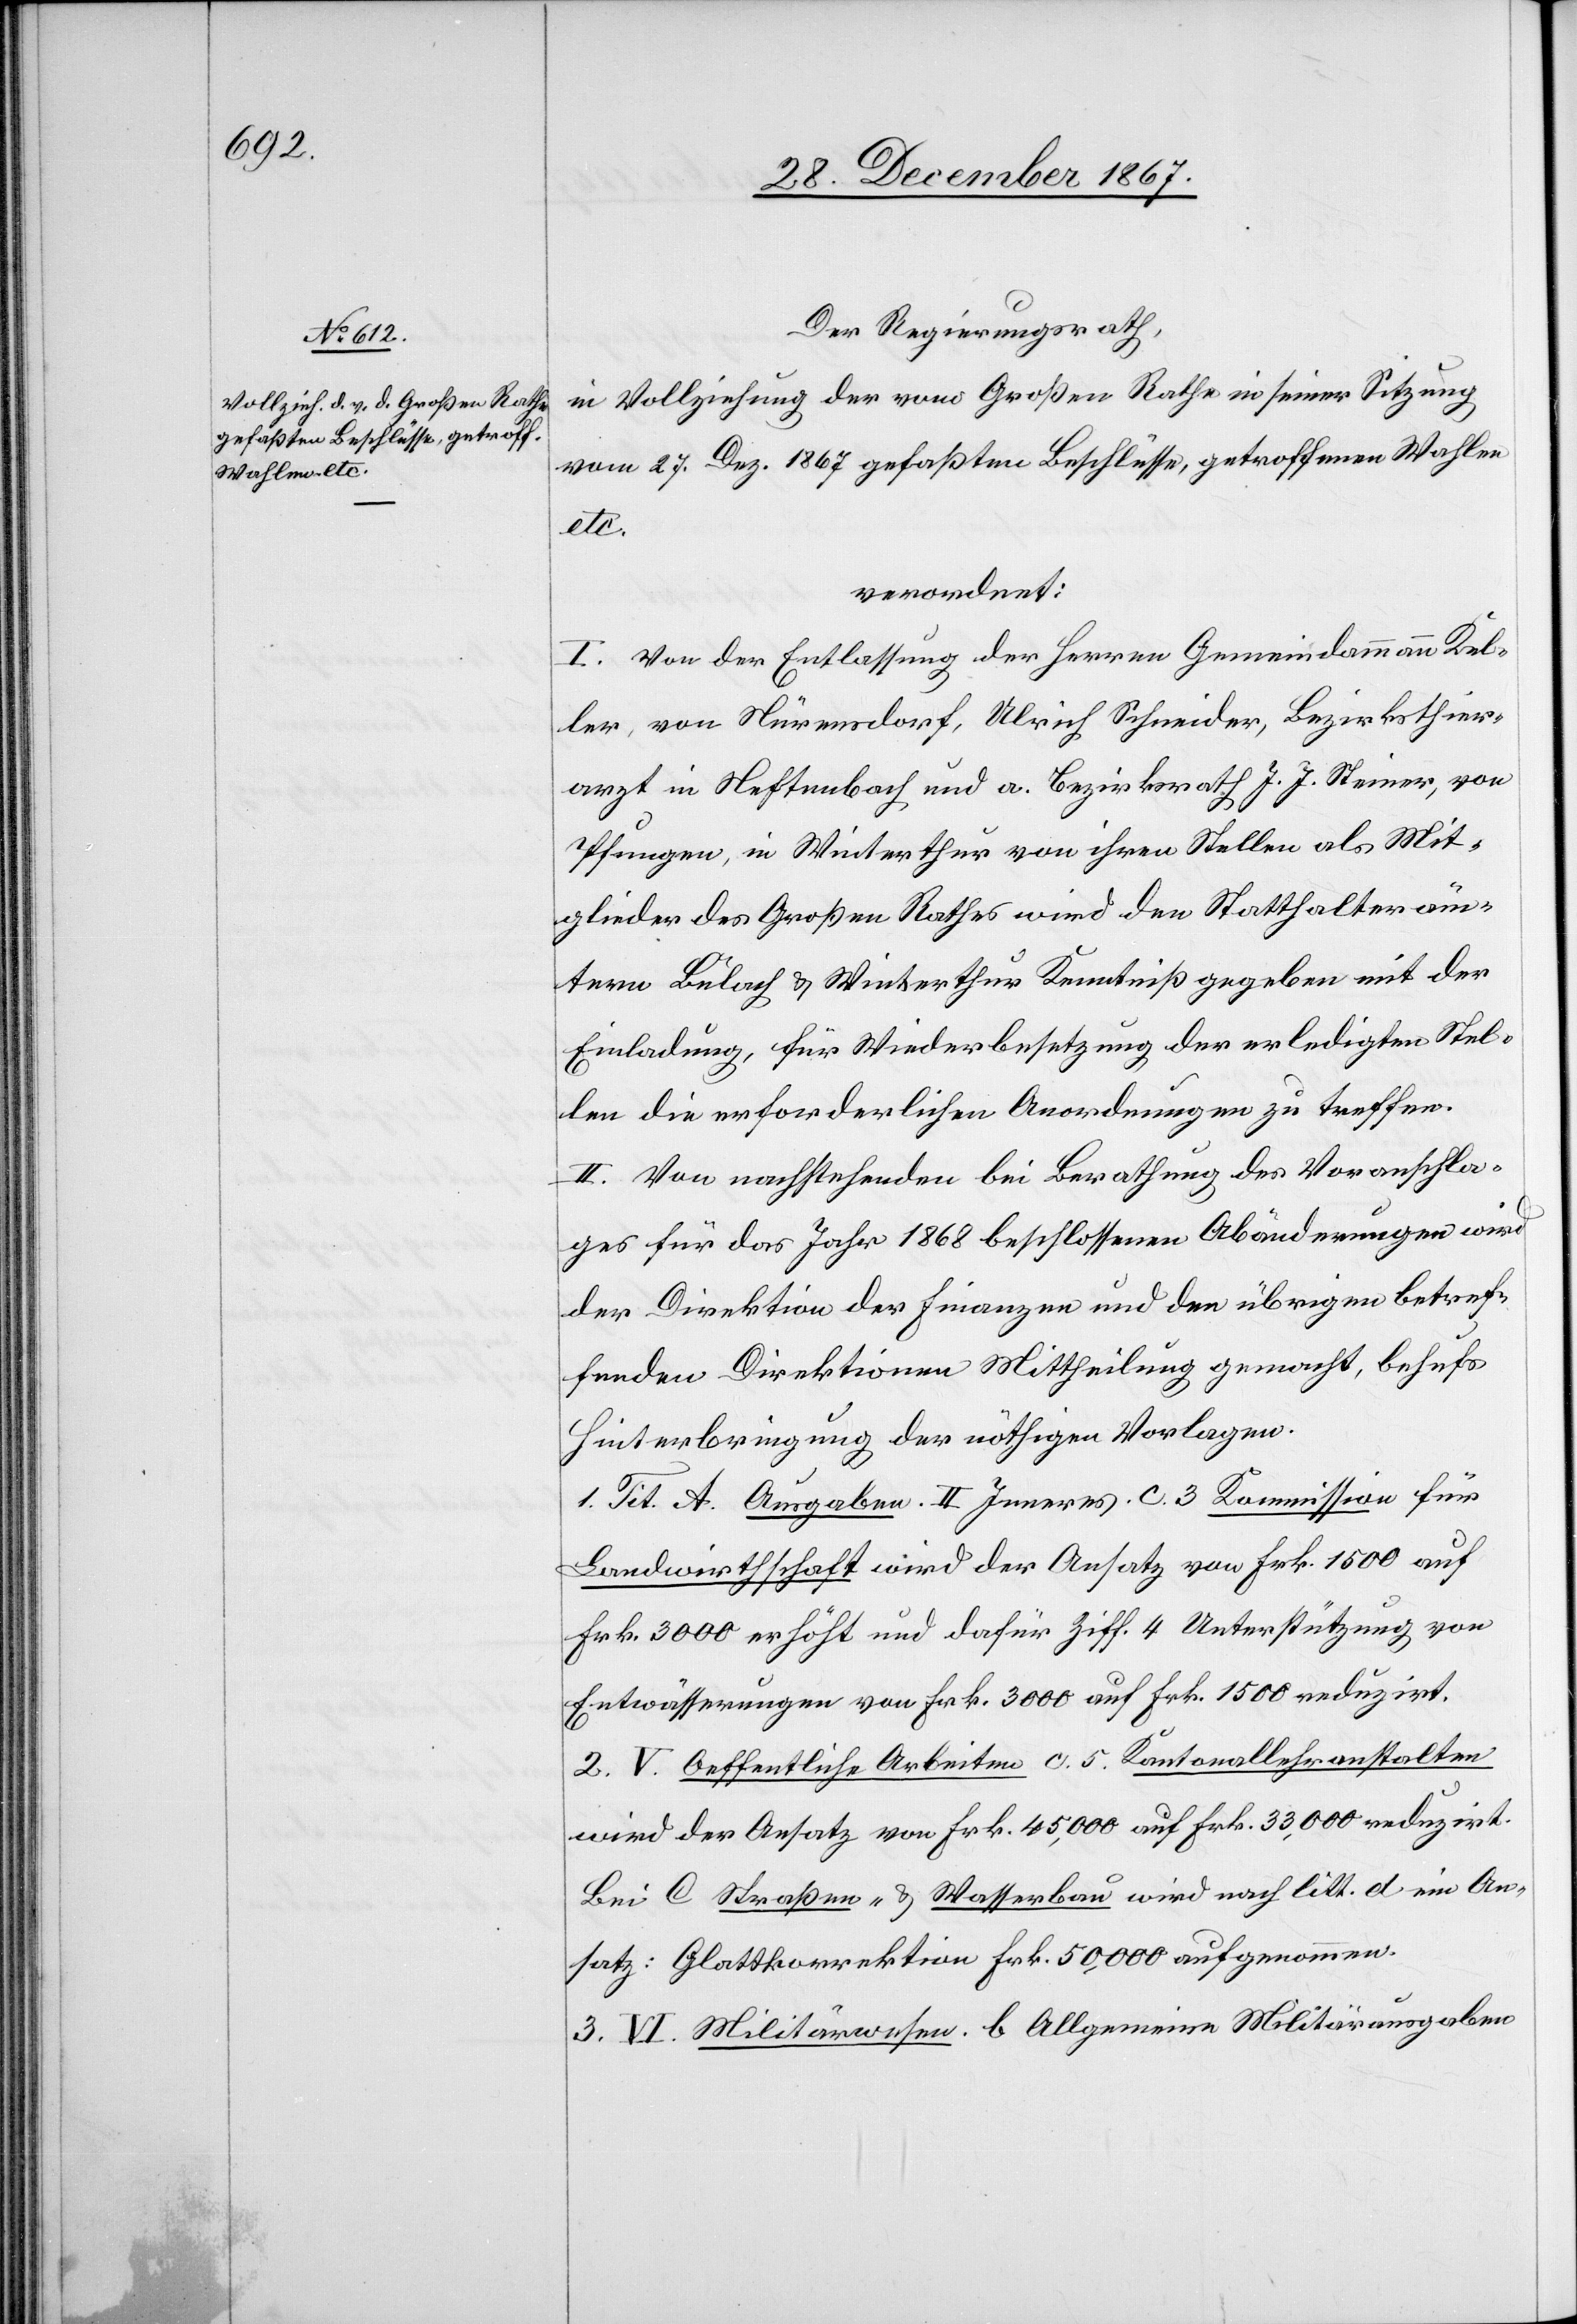
Der Regierungsrath,
in Vollziehung der vom Großen Rathe in seiner Sitzung
vom 27. Dez. 1867 gefaßten Beschlüsse, getroffenen Wahlen
etc.
verordnet:
I. Von der Entlassung der Herren Gemeindamman Kel¬
ler, von Nürensdorf, Ulrich Schneider, Bezirksthier¬
arzt in Neftenbach und a. Bezirksrath J. J. Steiner, von
Pfungen, in Winterthur von ihren Stellen als Mit¬
glieder des Großen Rathes wird den Statthalteräm¬
tern Bülach u. Winterthur Kenntniß gegeben mit der
Einladung, für Wiederbesetzung der erledigten Stel¬
len die erforderlichen Anordnungen zu treffen.
II. Von nachstehenden bei Berathung des Voranschla¬
ges für das Jahr 1868 beschlossenen Abänderungen wird
der Direktion der Finanzen und den übrigen betref¬
fenden Direktionen Mittheilung gemacht, behufs
Hinterbringung der nöthigen Vorlagen.
1. Tit A. Ausgaben. II. Inneres. c. 3 Kommission für
Landwirthschaft wird der Ansatz von Frk. 1500 auf
Frk. 3000 erhöht und dafür Ziff. 4 Unterstützung von
Entwässerungen von Frk. 3000 auf Frk. 1500 reduzirt.
2. V. Oeffentliche Arbeiten c. 5. Kantonallehranstalten
wird der Ansatz von Frk. 45 000 auf Frk. 33 000 reduzirt.
Bei C Straßen- u. Wasserbau wird nach litt. d ein An¬
satz: Glattkorrektion Frk. 50 000 aufgenommen.
3. VI. Militärwesen. b Allgemeine Militärausgaben